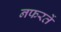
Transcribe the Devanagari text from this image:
नफरतें